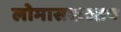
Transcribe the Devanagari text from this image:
लोमासकस्सप